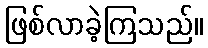
ဖြစ်လာခဲ့ကြသည်။